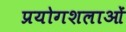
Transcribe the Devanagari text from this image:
प्रयोगशलाओं